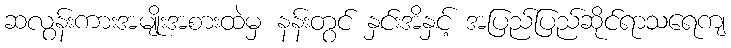
ဆလွန်းကားအမျိုးအစားထဲမှ နန်းတွင် နှင်းအိနှင့် အပြည်ပြည်ဆိုင်ရာသရေကျ